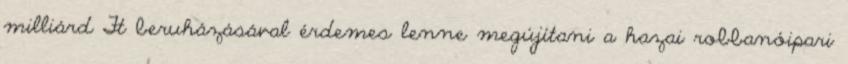
milliárd Ft beruházásával érdemes lenne megújítani a hazai robbanóipari